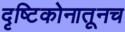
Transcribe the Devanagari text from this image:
दृष्टिकोनातूनच